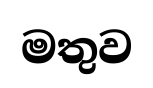
මතුව